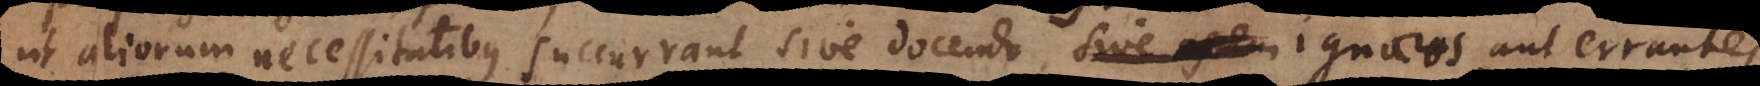
ut aliorum necessitatibus succurrant, sive docendo ignaros aut errantes